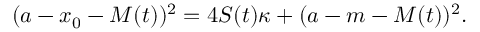
( a - x _ { 0 } - M ( t ) ) ^ { 2 } = 4 S ( t ) \kappa + ( a - m - M ( t ) ) ^ { 2 } .